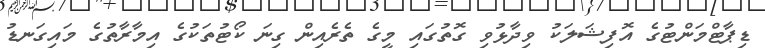
ޑިޕާޓްމަންޓުގެ އޮފިޝަލަކު ވިދާޅުވި ގޮތުގައި މީގެ ތެރެއިން ގިނަ ކޯޓުތަކުގެ އިމާރާތުގެ މައިގަނޑު